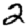
Digit: 2